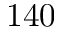
1 4 0